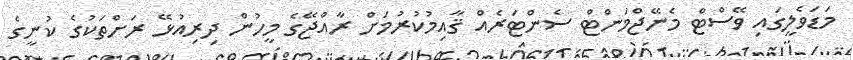
މަޑަވެލީގައި ވޭސްޓް މެނޭޖްމަންޓް ސެންޓަރެއް ޤާއިމުކުރުމަށް ރާއްޖޭގެ މީހުން ދިރިއުޅޭ ރަށްތަކުގެ ކުނީގެ